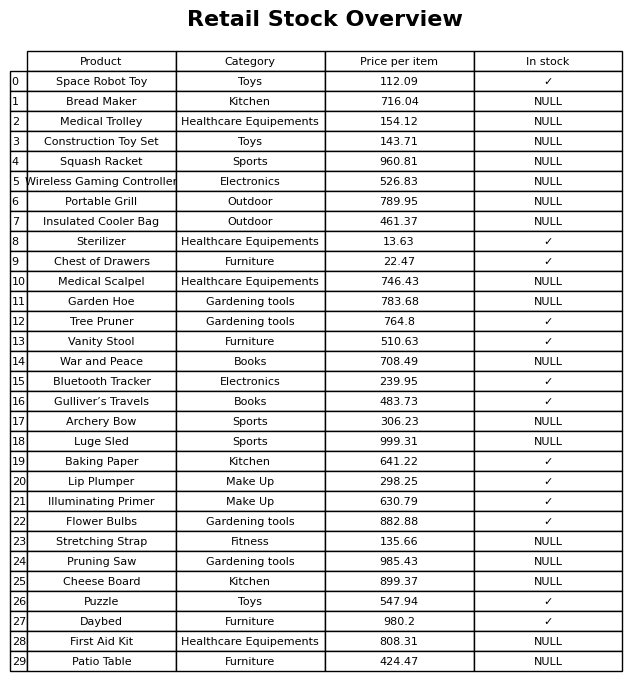
question: What is the price of the Pruning Saw?
answer: The price of Pruning Saw is 985.43.